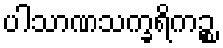
ပါသာဏသက္ခရိကဉ္စ